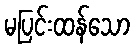
မပြင်းထန်သော